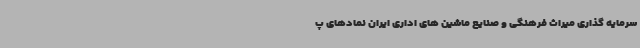
سرمایه گذاری میراث فرهنگی و صنایع ماشین های اداری ایران نمادهای پ